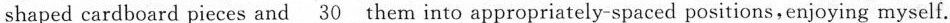
spend hours looking at small, oddly shaped cardboard pieces and \underline{30} them into appropriately-spaced positions,enjoying myself.